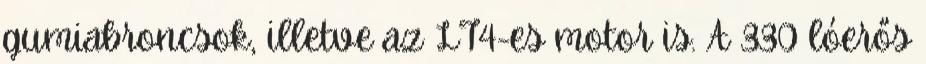
gumiabroncsok, illetve az LT4-es motor is. A 330 lóerős